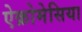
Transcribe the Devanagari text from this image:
ऐक्रोमेसिया